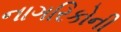
નાગરિકોની